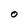
Character: o